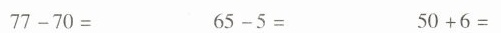
$$7 7 - 7 0 =$$ $$6 5 - 5 =$$ $$5 0 + 6=$$